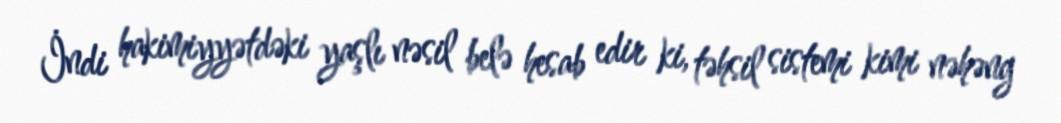
İndi hakimiyyətdəki yaşlı nəsil belə hesab edir ki, təhsil sistemi kimi nəhəng